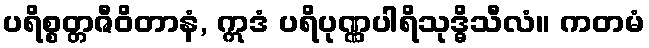
ပရိစ္စတ္တဇီဝိတာနံ, ဣဒံ ပရိပုဏ္ဏပါရိသုဒ္ဓိသီလံ။ ကတမံ